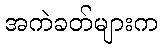
အကဲခတ်များက